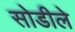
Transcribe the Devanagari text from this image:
सोडीले